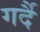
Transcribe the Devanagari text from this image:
गर्दै